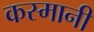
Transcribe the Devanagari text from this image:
कस्मानी